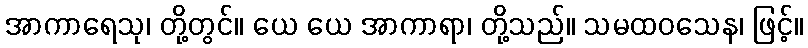
အာကာရေသု၊ တို့တွင်။ ယေ ယေ အာကာရာ၊ တို့သည်။ သမထဝသေန၊ ဖြင့်။